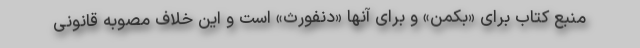
منبع کتاب برای «بکمن» و برای آنها «دنفورث» است و این خلاف مصوبه قانونی